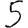
Digit: 5